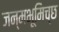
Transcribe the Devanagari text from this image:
जन्मभूमिच्छ